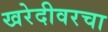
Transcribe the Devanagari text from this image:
खरेदीवरचा